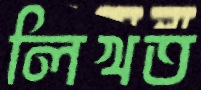
লিখত